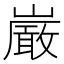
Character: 𫶝